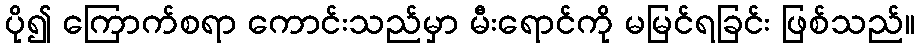
ပို၍ ကြောက်စရာ ကောင်းသည်မှာ မီးရောင်ကို မမြင်ရခြင်း ဖြစ်သည်။